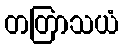
တတြာသယံ